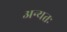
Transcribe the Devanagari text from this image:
अन्यतः